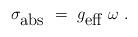
LaTeX: \begin{align*}\sigma_{\mbox{abs}}~=~g_{\mbox{eff}}~\omega~.\end{align*}